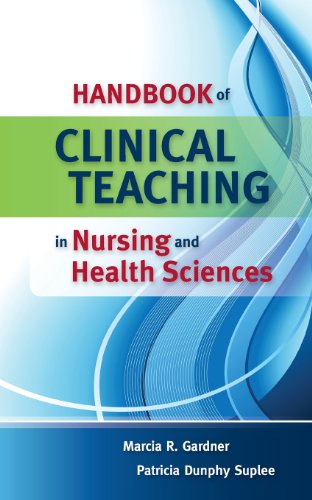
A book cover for Handbook Of Clinical Teaching In Nursing And Health Sciences; Marcia Gardner; Medical Books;